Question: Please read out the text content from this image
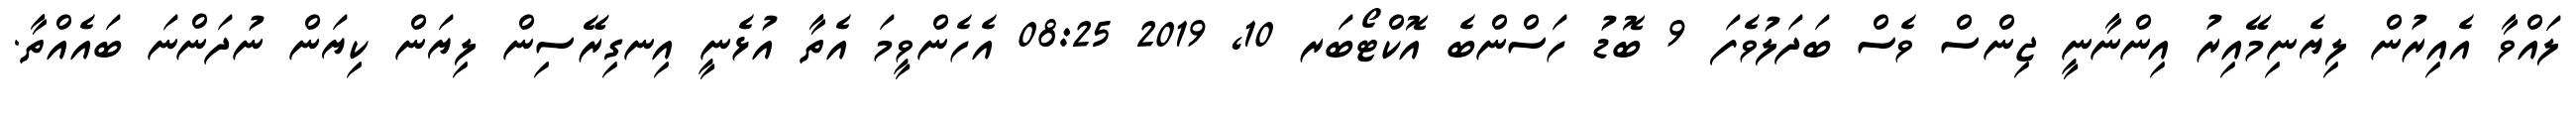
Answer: ލައްވާ އެއިރުން ލިޔެނިމޭއިރު އިންނާނީ ޖިންސް ވެސް ބަދަލުވެފަ 9 ބޮޑު ހަސްންބެ އޮކްޓޯބަރ 10, 2019 08:25 އެހެންވީމަ އެތާ އުޅެނީ އިނގިރޭސިން ލިޔަން ކިޔަން ނުދަންނަ ބައެއްތާ.